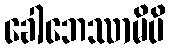
ခေါဘေဿာမိပိ